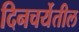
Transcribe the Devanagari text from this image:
दिनचर्येतील